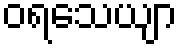
ဝရသေယျာ